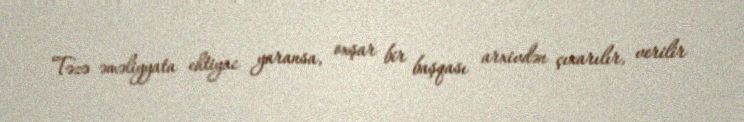
Təzə əməliyyata ehtiyac yaransa, oxşar bir başqası arxivdən çıxarılır, verilir